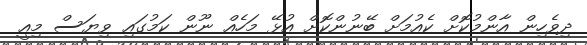
ދިވެހިން އާންމުކޮށް ކެއުމަށް ބޭނުންކޮށް އުޅޭ މަހެއް ނޫން ކަމުގައި ވިޔަސް މިއީ